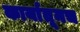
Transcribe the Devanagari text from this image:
कार्यातूनच